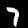
Digit: 7